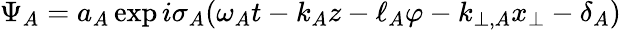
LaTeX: \Psi_{A}=a_{A}\exp i\sigma_{A}(\omega_{A}t-k_{A}z-\ell_{A}\varphi-k_{\perp,A}x_{\perp}-\delta_{A})